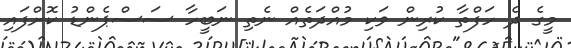
މީގެ ދެ ހަފްތާ ކުރިން ވަކި މުއްދަތެއް ނެތި ނަބީހާ ސަސްޕެންޑު ކޮށްފައި